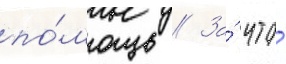
по́мощь // За́ что́